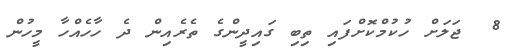
8  ޖަލަށް ހުކުމްކޮށްފައި ތިބި ގައިދީންގެ ތެރެއިން ދެ ހާހެއްހާ މީހުން